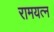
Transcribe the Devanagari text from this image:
रामयत्न